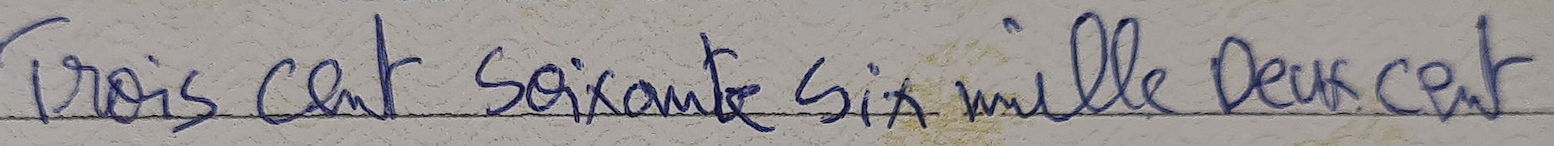
Trois cent Soixante Six mille Deux cent